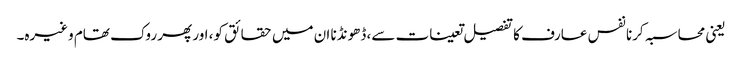
یعنی محاسبہ کرنا نفس عارف کا تفصیل تعینات سے، ڈھونڈنا ان میں حقائق کو، اور پھر روک تھام وغیرہ۔